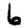
Digit: 6